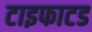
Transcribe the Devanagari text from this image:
टाइफाटड